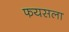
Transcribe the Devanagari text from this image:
फयसला